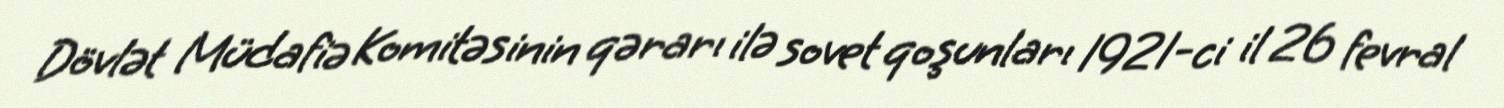
Dövlət Müdafiə Komitəsinin qərarı ilə sovet qoşunları 1921-ci il 26 fevral